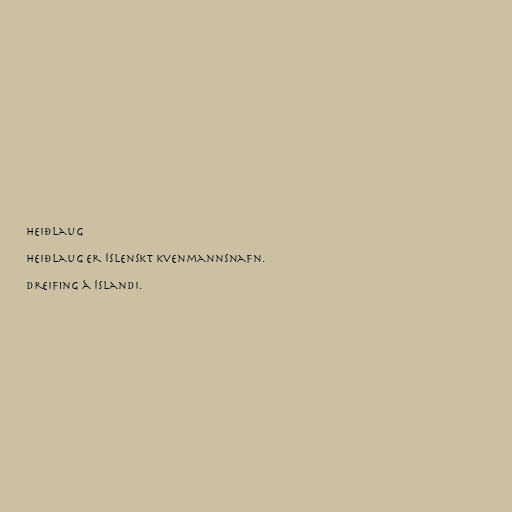
Heiðlaug

Heiðlaug er íslenskt kvenmannsnafn.

Dreifing á Íslandi.